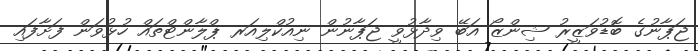
ޖަޕާނުގެ ބޮޑުވަޒީރު ޝިންޒޯ އަބޭ ވިދާޅުވީ ޖަޕާނުން ނިއުކްލިއަރ ޕްލާންޓްތައް ހުޅުވަން ފަށާފައި